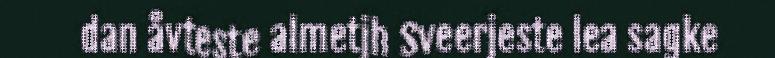
dan åvteste almetjh Sveerjeste lea sagke